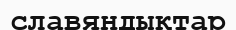
славяндықтар